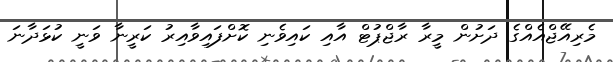
މެރިއޭޖްއެއްގެ ދަށުން މީރާ ރާޖްޕުޓް އާއި ކައިވެނި ކޮށްފައިވާއިރު ކަރީނާ ވަނީ ކުޅަދާނަ